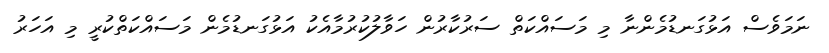
ނަމަވެސް އަޅުގަނޑުމެންނާ މި މަސައްކަތް ސަރުކާރުން ހަވާލުކުރުމާއެކު އަޅުގަނޑުމެން މަސައްކަތްކުރީ މި އަހަރު